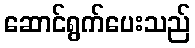
ဆောင်ရွက်ပေးသည်